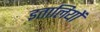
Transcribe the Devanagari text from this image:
इतालियों